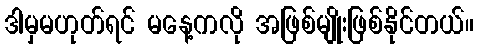
ဒါမှမဟုတ်ရင် မနေ့ကလို အဖြစ်မျိုးဖြစ်နိုင်တယ်။